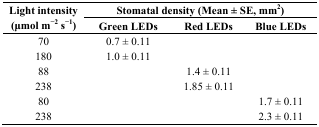
<table><thead><tr><td rowspan="3"><b>Light intensity (μmol m<sup>−2</sup> s<sup>−1</sup>)</b></td><td colspan="3"><b>Stomatal density (Mean ± SE, mm<sup>2</sup>)</b></td></tr><tr><td><b>Green LEDs</b></td><td><b>Red LEDs</b></td><td><b>Blue LEDs</b></td></tr></thead><tbody><tr><td>70</td><td>0.7 ± 0.11</td><td></td><td></td></tr><tr><td>180</td><td>1.0 ± 0.11</td><td></td><td></td></tr><tr><td>88</td><td></td><td>1.4 ± 0.11</td><td></td></tr><tr><td>238</td><td></td><td>1.85 ± 0.11</td><td></td></tr><tr><td>80</td><td></td><td></td><td>1.7 ± 0.11</td></tr><tr><td>238</td><td></td><td></td><td>2.3 ± 0.11</td></tr></tbody></table>